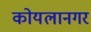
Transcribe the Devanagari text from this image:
कोयलानगर